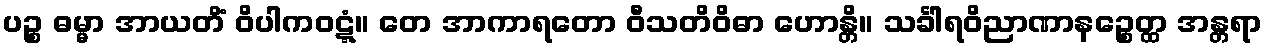
ပဉ္စ ဓမ္မာ အာယတိံ ဝိပါကဝဋ္ဋံ။ တေ အာကာရတော ဝီသတိဝိဓာ ဟောန္တိ။ သင်္ခါရဝိညာဏာနဉ္စေတ္ထ အန္တရာ